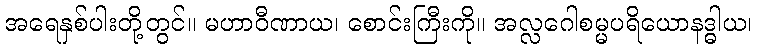
အရေနှစ်ပါးတို့တွင်။ မဟာဝီဏာယ၊ စောင်းကြီးကို။ အလ္လဂေါစမ္မပရိယောနဒ္ဓါယ၊